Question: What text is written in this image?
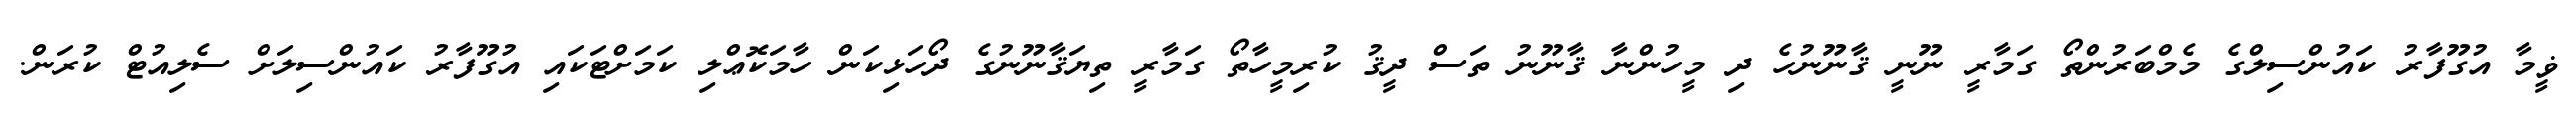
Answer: ޥީމާ އުގޫފާރު ކައުންސިލްގެ މެމްބަރުންތޯ ގަމާރީ ނޫނީ ޤާނޫނުހެ ދި މީހުންނާ ޤާނޫނު ތަސް ދީޤު ކުރިމީހާތޯ ގަމާރީ ތިޔަޤާނޫނުގެ ދޯހަޅިކަން ހާމަކޮޢްލި ކަމަށްޓަކައި އުގޫފާރު ކައުންސިލަށް ސެލިއުޓް ކުރަން.